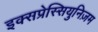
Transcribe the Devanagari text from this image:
इक्सप्रेस्सियुनिज़म